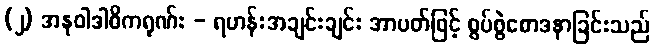
(၂) အနုဝါဒါဓိကရုဏ်း - ရဟန်းအချင်းချင်း အာပတ်ဖြင့် စွပ်စွဲစောဒနာခြင်းသည်